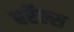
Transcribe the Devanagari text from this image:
बर्रेल्स